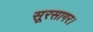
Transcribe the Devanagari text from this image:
सूरसागर।